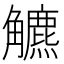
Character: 𧥍